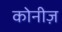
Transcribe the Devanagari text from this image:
कोनीज़